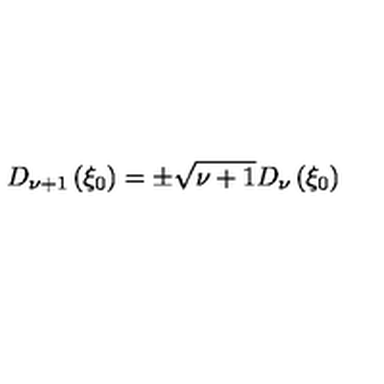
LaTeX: D _ { \nu + 1 } \left( \xi _ { 0 } \right) = \pm \sqrt { \nu + 1 } D _ { \nu } \left( \xi _ { 0 } \right)